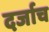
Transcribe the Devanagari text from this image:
दर्जाच